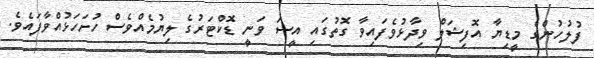
ފުލުހުންގެ މީޑިޔާ އޮފިޝަލް ވިދާޅުވެފައިވާ ގޮތުގައި އީސަ ވަނީ ޑޮކްޓަރުގެ ލިޔުމެއްވެސް ހުށަހަޅުއްވާފައެވެ.